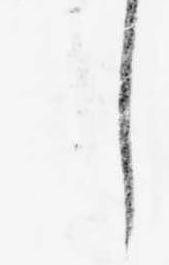
し